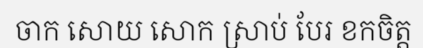
ចាក សោយ សោក ស្រាប់ បែរ ខកចិត្ត